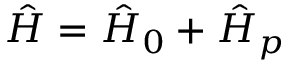
\hat { H } = \hat { H } _ { 0 } + \hat { H } _ { p }